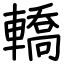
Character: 轎